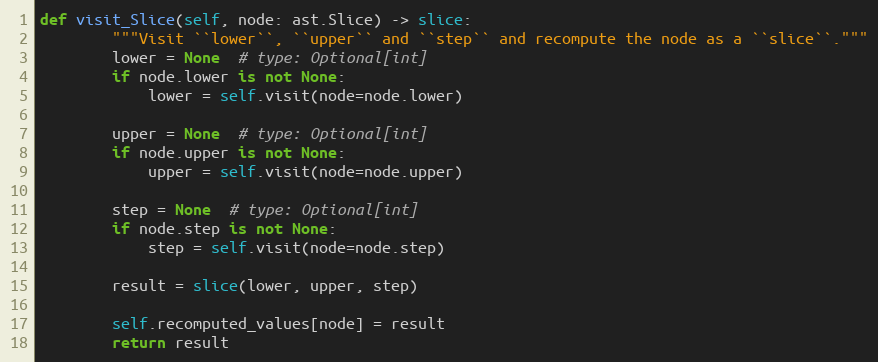
Language: Python
def visit_Slice(self, node: ast.Slice) -> slice:
        """Visit ``lower``, ``upper`` and ``step`` and recompute the node as a ``slice``."""
        lower = None  # type: Optional[int]
        if node.lower is not None:
            lower = self.visit(node=node.lower)

        upper = None  # type: Optional[int]
        if node.upper is not None:
            upper = self.visit(node=node.upper)

        step = None  # type: Optional[int]
        if node.step is not None:
            step = self.visit(node=node.step)

        result = slice(lower, upper, step)

        self.recomputed_values[node] = result
        return result